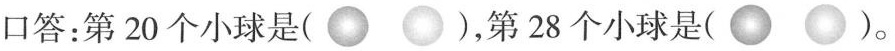
口答：第 20 个小球是( )，第 28 个小球是( )。